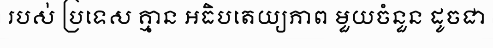
របស់ ប្រទេស គ្មាន អធិបតេយ្យភាព មួយចំនួន ដូចជា